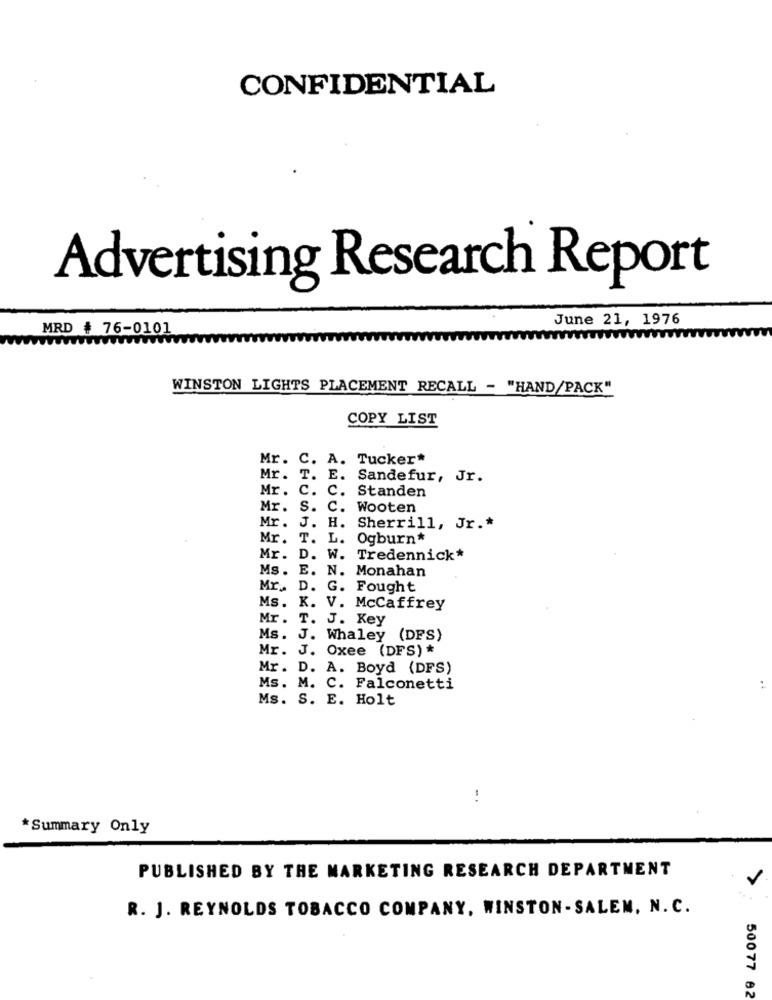
CONFIDENTIAL
Advertising Research Report
June 21, 1976
MRD # 76-0101
WINSTON LIGHTS PLACEMENT RECALL - "HAND/PACK"
COPY LIST
Mr. C. A. Tucker*
Mr. T. E. Sandefur, Jr.
Mr. C. C. Standen
Mr. S. C. Wooten
Mr. J. H. Sherrill, Jr .*
Mr. T. L. Ogburn*
Mr. D. W. Tredennick*
Ms. E. N. Monahan
Mr.I
D. G. Fought
Ms. K. V. McCaffrey
Mr. T. J. Key
Ms. J. Whaley (DFS)
Mr. J. Oxee (DFS) *
Mr. D. A. Boyd (DFS)
Ms. M. C. Falconetti
Ms. S. E. Holt
-.
*Summary Only
PUBLISHED BY THE MARKETING RESEARCH DEPARTMENT
R. J. REYNOLDS TOBACCO COMPANY, WINSTON - SALEM, N. C.
50077 62